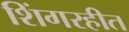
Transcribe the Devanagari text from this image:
शिंगरहीत